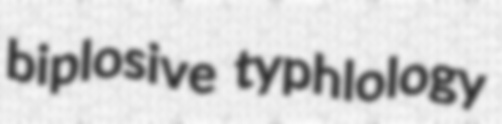
biplosive typhlology